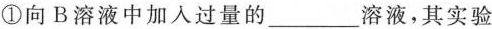
①向B溶液中加入过量的___溶液，其实验